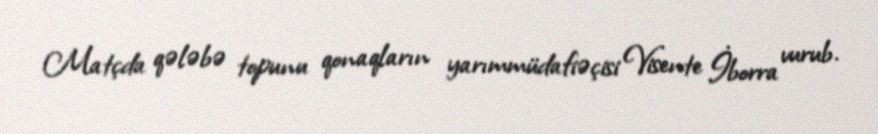
Matçda qələbə topunu qonaqların yarımmüdafiəçisi Visente İborra vurub.